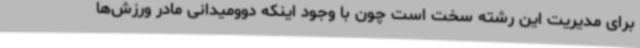
برای مدیریت این رشته سخت است چون با وجود اینکه دوومیدانی مادر ورزش‌ها